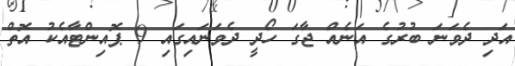
އަދި ދެވަނަ ބުރުގެ އަނެއް ޖާގަ ހޯދީ ދެވަނައިގައި 9 ޕޮއިންޓާއެކު އޮތް